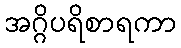
အဂ္ဂိပရိစာရကာ